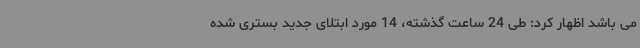
می باشد اظهار کرد: طی 24 ساعت گذشته، 14 مورد ابتلای جدید بستری شده